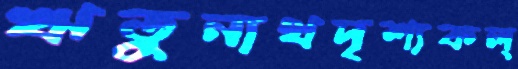
ঋতুনাথদৃশ্যকল্